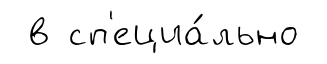
в сп'ециа́льно